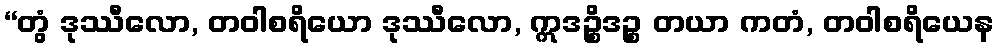
“တွံ ဒုဿီလော, တဝါစရိယော ဒုဿီလော, ဣဒဉ္စိဒဉ္စ တယာ ကတံ, တဝါစရိယေန